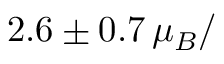
2 . 6 \pm 0 . 7 \, \mu _ { B } /